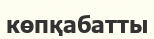
көпқабатты